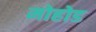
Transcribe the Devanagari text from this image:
मोहोड